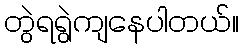
တွဲရရွဲကျနေပါတယ်။